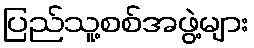
ပြည်သူ့စစ်အဖွဲ့များ